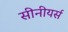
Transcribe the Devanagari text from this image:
सीनीयर्स